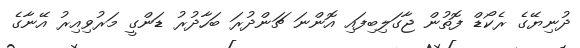
ދުނިޔޭގެ ރެކޯޑް ފޮތުން ޖާގަލިބިފައި އޮންނަ ޗަންދުރަ ބަހާދުރު ޑަންގީ މަރުވިއިރު އޭނާގެ